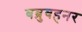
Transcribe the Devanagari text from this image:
बब्रुबहनर